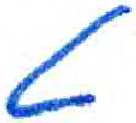
אות: ט